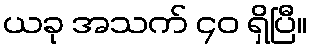
ယခု အသက် ၄၀ ရှိပြီ။